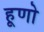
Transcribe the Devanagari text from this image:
हूणो